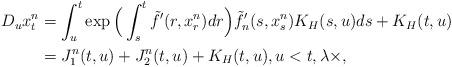
LaTeX: \begin{align*}D_ux_t^n&=\int^t_u \exp\Big(\int_s^t\tilde{f}'(r,x_r^n)dr\Big)\tilde{f}'_n(s,x_s^n)K_H(s,u)ds+K_H(t,u)\\&= J_1^n(t,u)+J_2^n(t,u)+K_H(t,u), u<t,\lambda\times,\end{align*}